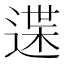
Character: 䢡